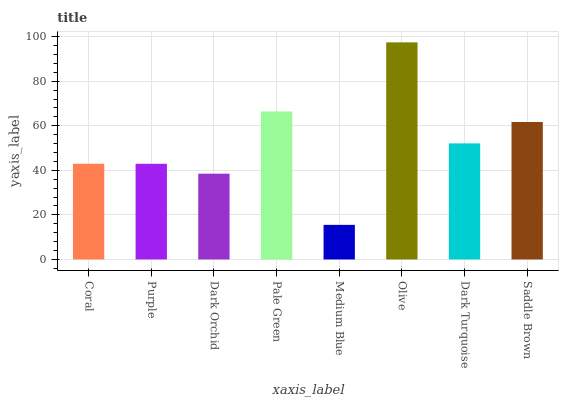
| xaxis_label | bars |
 | --- | --- |
 | Coral | 42.9 |
 | Purple | 42.9 |
 | Dark Orchid | 38.5 |
 | Pale Green | 66.4 |
 | Medium Blue | 15.5 |
 | Olive | 97.4 |
 | Dark Turquoise | 52.1 |
 | Saddle Brown | 61.7 |